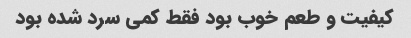
کیفیت و طعم خوب بود فقط کمی سرد شده بود